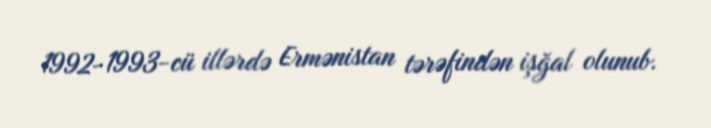
1992-1993-cü illərdə Ermənistan tərəfindən işğal olunub.